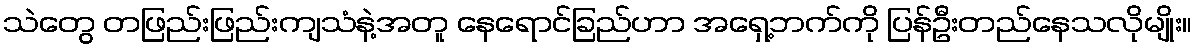
သဲတွေ တဖြည်းဖြည်းကျသံနဲ့အတူ နေရောင်ခြည်ဟာ အရှေ့ဘက်ကို ပြန်ဦးတည်နေသလိုမျိုး။